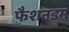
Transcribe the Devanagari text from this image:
फैशनडम